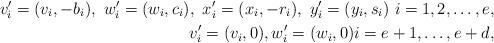
LaTeX: \begin{align*} v_i' = (v_i,-b_i), \ w_i' = (w_i,c_i), \ x_i' = (x_i,-r_i),\ y_i' = (y_i,s_i) \ i = 1,2,\ldots,e, \\ v_i' = (v_i,0), w_i' = (w_i,0) i = e+1,\ldots,e+d, \end{align*}